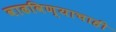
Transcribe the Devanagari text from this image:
वाढविण्याचाही